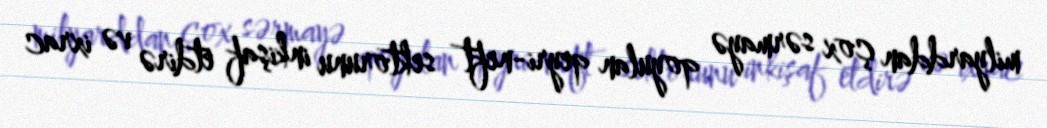
milyarddan çox sərmayə qoyulan qeyri-neft sektorunu inkişaf etdirə və ixrac